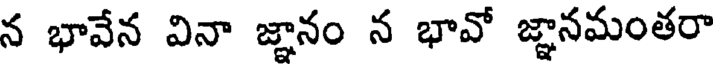
న భావేన వినా జ్ఞానం న భావో జ్ఞానమంతరా